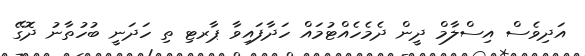
އަދިވެސް އިސްލާމް ދީން ދެމެހެއްޓުމައް ހަދާފައިވާ ޕާރޓި ތި ހަދަނީ ބުހުތާނު ދޮގޭ